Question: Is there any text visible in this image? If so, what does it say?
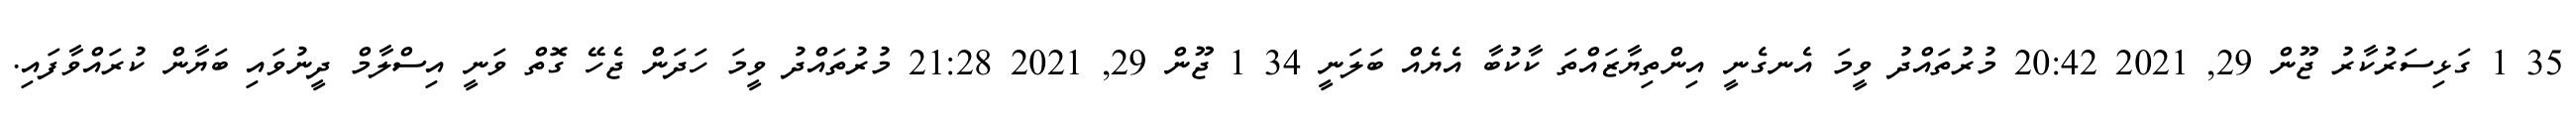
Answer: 35 1 ގަޅިސަރުކާރު ޖޫން 29, 2021 20:42 މުރުތައްދު ވީމަ އެނގެނީ އިންތިޔާޒައްތަ ކާކުބާ އެޔެއް ބަލަނީ 34 1 ޖޫން 29, 2021 21:28 މުރުތައްދު ވީމަ ހަދަން ޖެހޭ ގޮތް ވަނީ އިސްލާމް ދީނުވައި ބަޔާން ކުރައްވާފައި.